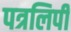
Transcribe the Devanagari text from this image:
पत्रलिपी